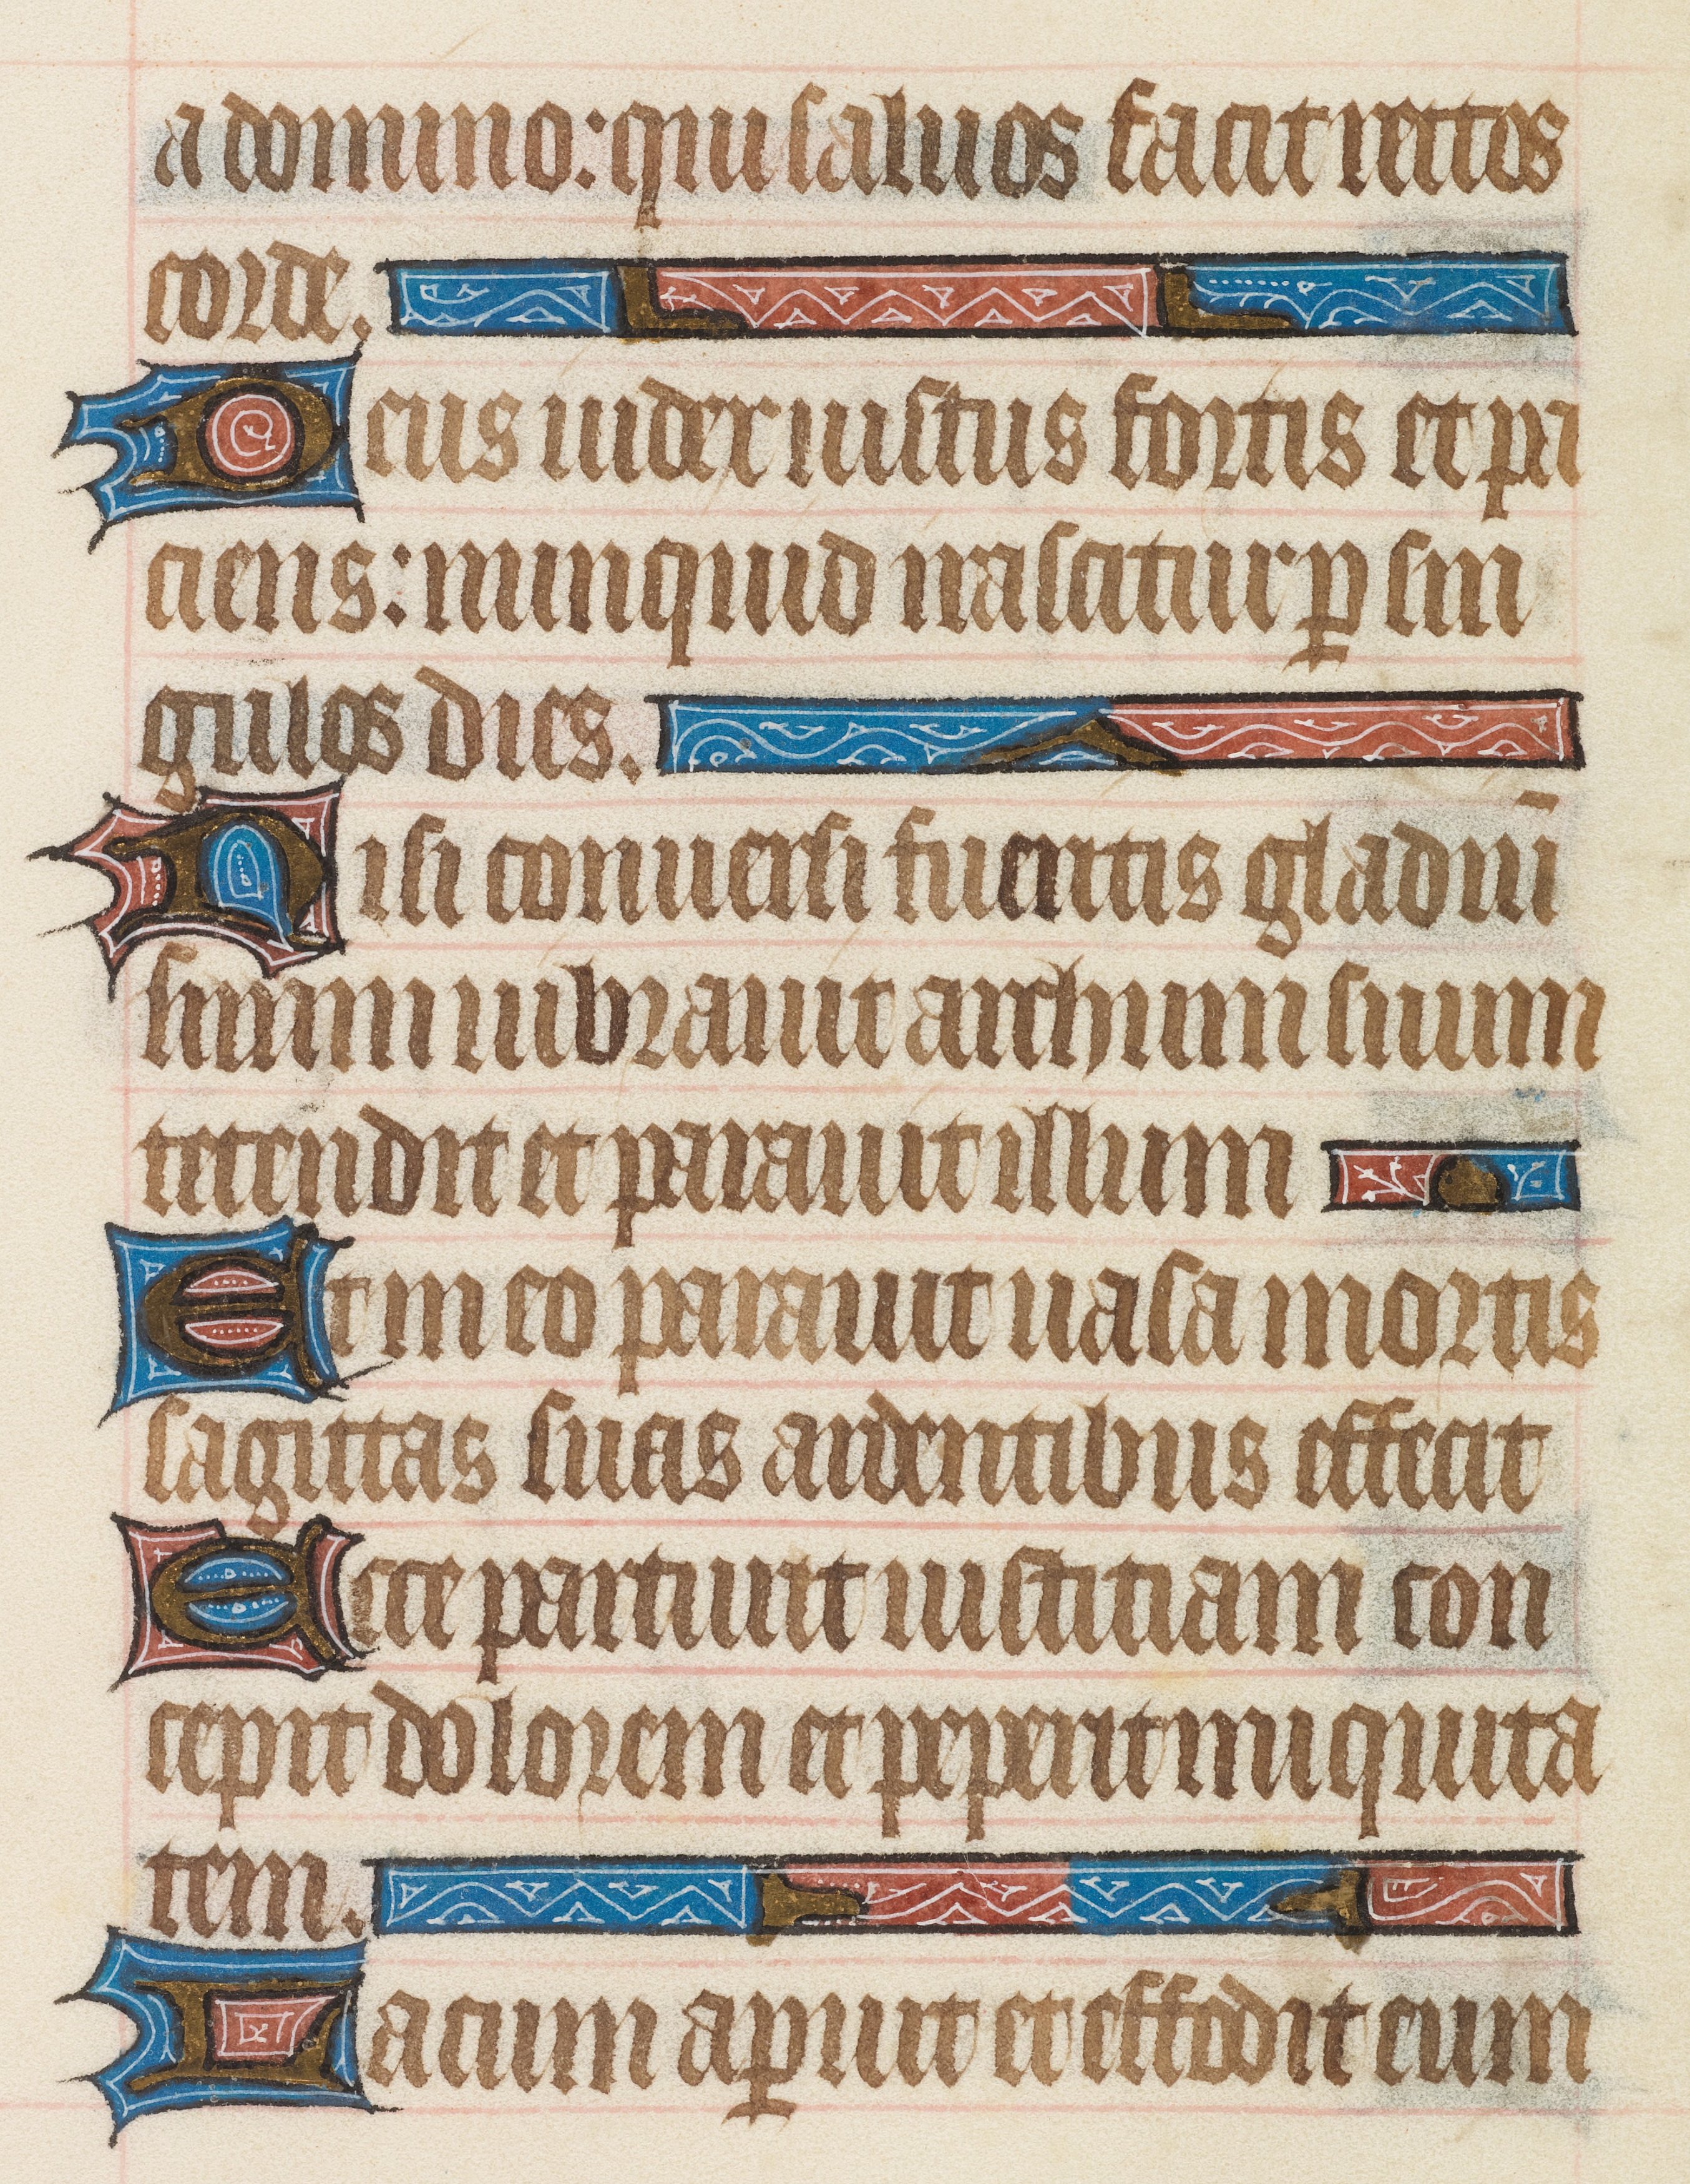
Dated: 1408–1410